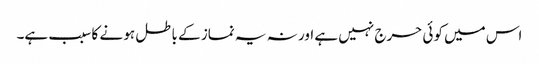
اس میں کوئی حرج نہیں ہے اور نہ یہ نماز کے باطل ہو نے کا سبب ہے۔